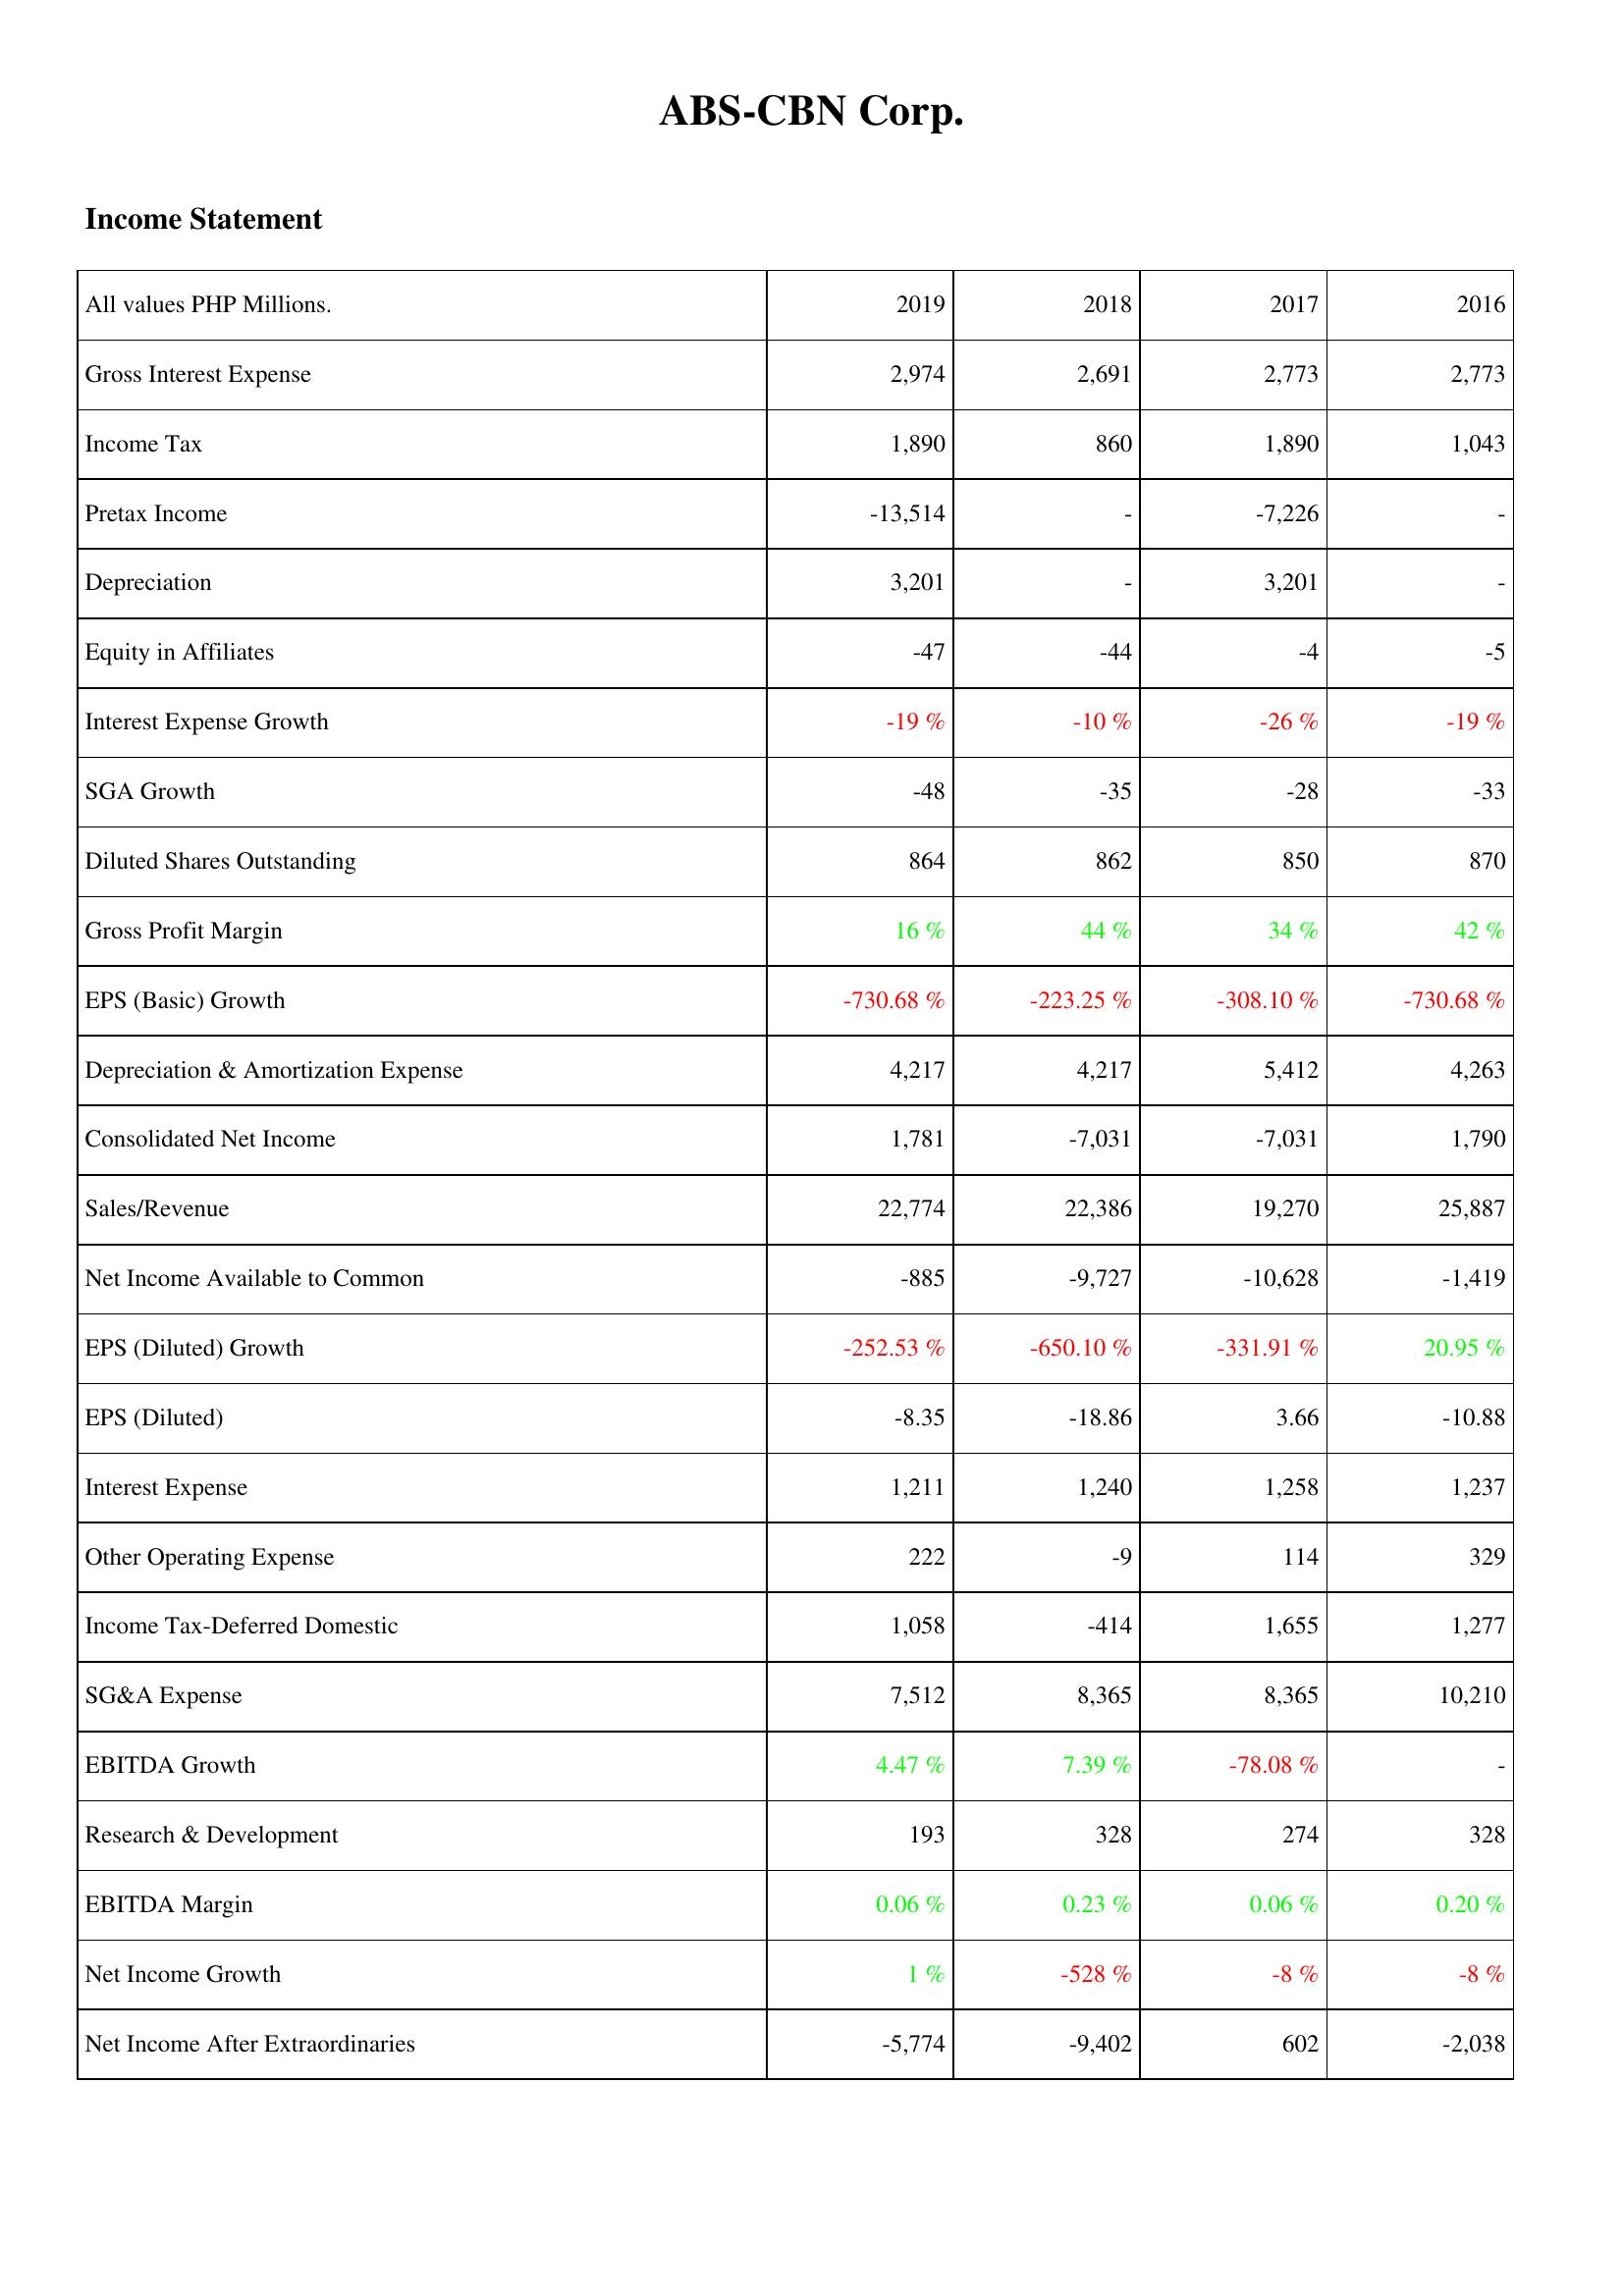
2019: Income Statement: Gross Interest Expense: 2,974
Income Tax: 1,890
Pretax Income: -13,514
Depreciation: 3,201
Equity in Affiliates: -47
Interest Expense Growth: -19 %
SGA Growth: -48
Diluted Shares Outstanding: 864
Gross Profit Margin: 16 %
EPS (Basic) Growth: -730.68 %
Depreciation & Amortization Expense: 4,217
Consolidated Net Income: 1,781
Sales/Revenue: 22,774
Net Income Available to Common: -885
EPS (Diluted) Growth: -252.53 %
EPS (Diluted): -8.35
Interest Expense: 1,211
Other Operating Expense: 222
Income Tax-Deferred Domestic: 1,058
SG&A Expense: 7,512
EBITDA Growth: 4.47 %
Research & Development: 193
EBITDA Margin: 0.06 %
Net Income Growth: 1 %
Net Income After Extraordinaries: -5,774
2018: Income Statement: Gross Interest Expense: 2,691
Income Tax: 860
Pretax Income: -
Depreciation: -
Equity in Affiliates: -44
Interest Expense Growth: -10 %
SGA Growth: -35
Diluted Shares Outstanding: 862
Gross Profit Margin: 44 %
EPS (Basic) Growth: -223.25 %
Depreciation & Amortization Expense: 4,217
Consolidated Net Income: -7,031
Sales/Revenue: 22,386
Net Income Available to Common: -9,727
EPS (Diluted) Growth: -650.10 %
EPS (Diluted): -18.86
Interest Expense: 1,240
Other Operating Expense: -9
Income Tax-Deferred Domestic: -414
SG&A Expense: 8,365
EBITDA Growth: 7.39 %
Research & Development: 328
EBITDA Margin: 0.23 %
Net Income Growth: -528 %
Net Income After Extraordinaries: -9,402
2017: Income Statement: Gross Interest Expense: 2,773
Income Tax: 1,890
Pretax Income: -7,226
Depreciation: 3,201
Equity in Affiliates: -4
Interest Expense Growth: -26 %
SGA Growth: -28
Diluted Shares Outstanding: 850
Gross Profit Margin: 34 %
EPS (Basic) Growth: -308.10 %
Depreciation & Amortization Expense: 5,412
Consolidated Net Income: -7,031
Sales/Revenue: 19,270
Net Income Available to Common: -10,628
EPS (Diluted) Growth: -331.91 %
EPS (Diluted): 3.66
Interest Expense: 1,258
Other Operating Expense: 114
Income Tax-Deferred Domestic: 1,655
SG&A Expense: 8,365
EBITDA Growth: -78.08 %
Research & Development: 274
EBITDA Margin: 0.06 %
Net Income Growth: -8 %
Net Income After Extraordinaries: 602
2016: Income Statement: Gross Interest Expense: 2,773
Income Tax: 1,043
Pretax Income: -
Depreciation: -
Equity in Affiliates: -5
Interest Expense Growth: -19 %
SGA Growth: -33
Diluted Shares Outstanding: 870
Gross Profit Margin: 42 %
EPS (Basic) Growth: -730.68 %
Depreciation & Amortization Expense: 4,263
Consolidated Net Income: 1,790
Sales/Revenue: 25,887
Net Income Available to Common: -1,419
EPS (Diluted) Growth: 20.95 %
EPS (Diluted): -10.88
Interest Expense: 1,237
Other Operating Expense: 329
Income Tax-Deferred Domestic: 1,277
SG&A Expense: 10,210
EBITDA Growth: -
Research & Development: 328
EBITDA Margin: 0.20 %
Net Income Growth: -8 %
Net Income After Extraordinaries: -2,038